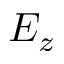
E _ { z }